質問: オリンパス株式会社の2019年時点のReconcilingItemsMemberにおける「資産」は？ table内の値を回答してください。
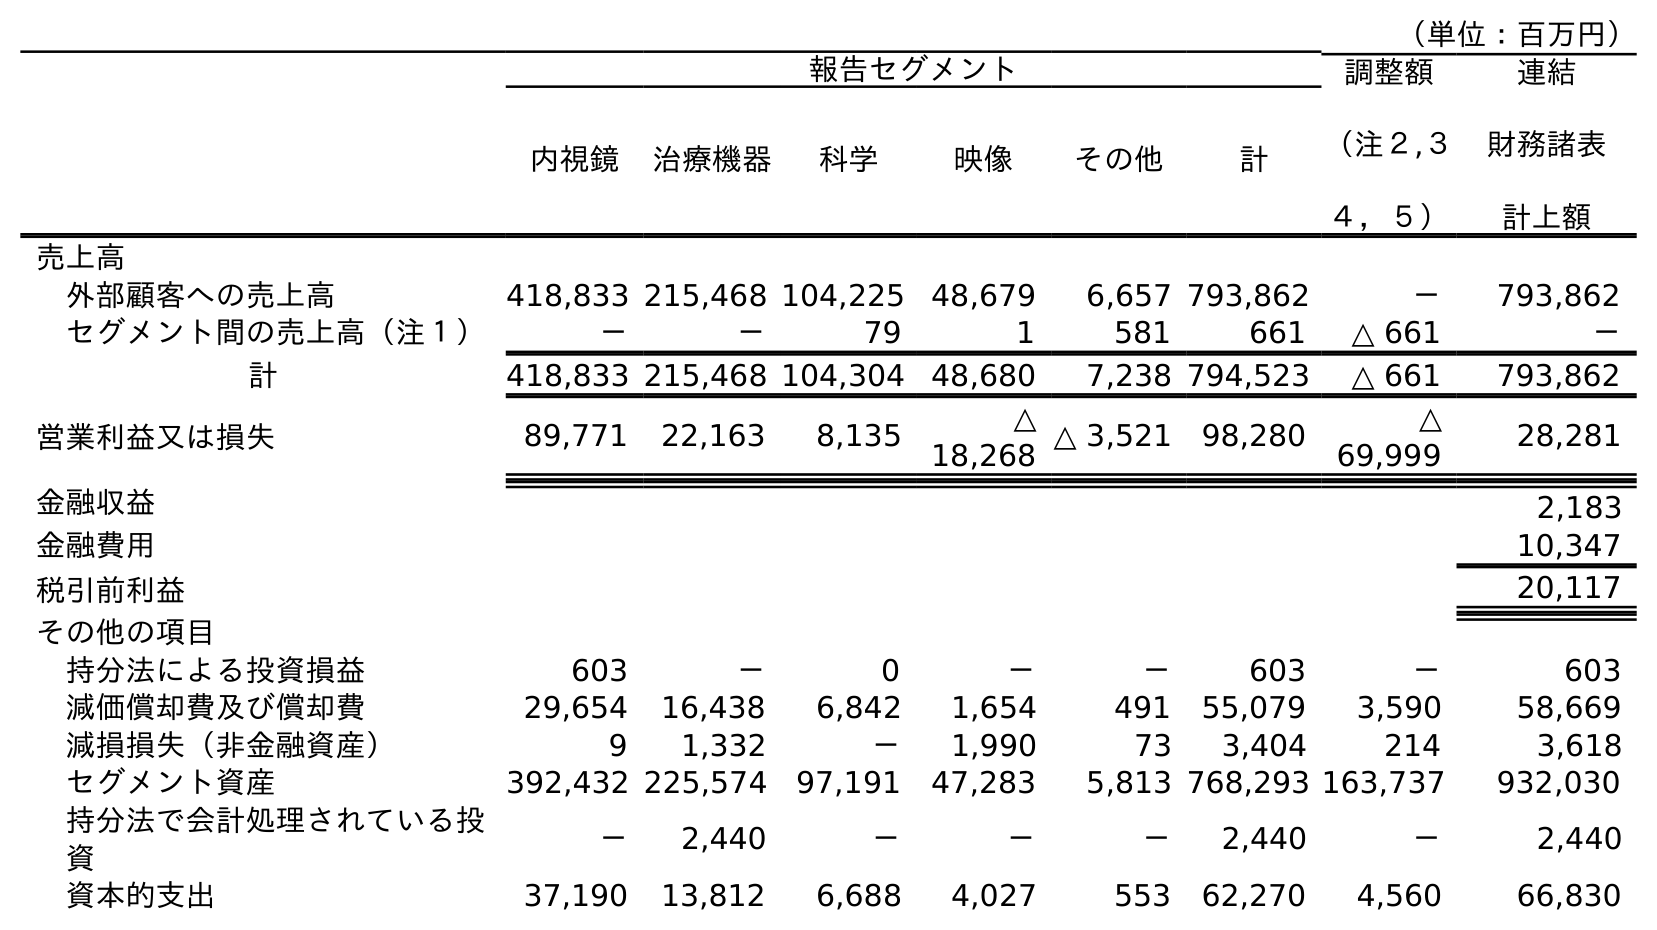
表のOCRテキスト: （単位：百万円） 報告セグメント 調整額 （注２,３ ４，５） 連結 財務諸表 計上額 内視鏡 治療機器 科学 映像 その他 計 売上高 外部顧客への売上高 418,833 215,468 104,225 48,679 6,657 793,862 － 793,862 セグメント間の売上高（注１） － － 79 1 581 661 △ 661 － 計 418,833 215,468 104,304 48,680 7,238 794,523 △ 661 793,862 営業利益又は損失 89,771 22,163 8,135 △ 18,268 △ 3,521 98,280 △ 69,999 28,281 金融収益 2,183 金融費用 10,347 税引前利益 20,117 その他の項目 持分法による投資損益 603 － 0 － － 603 － 603 減価償却費及び償却費 29,654 16,438 6,842 1,654 491 55,079 3,590 58,669 減損損失（非金融資産） 9 1,332 － 1,990 73 3,404 214 3,618 セグメント資産 392,432 225,574 97,191 47,283 5,813 768,293 163,737 932,030 持分法で会計処理されている投 資 － 2,440 － － － 2,440 － 2,440 資本的支出 37,190 13,812 6,688 4,027 553 62,270 4,560 66,830
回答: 163,737